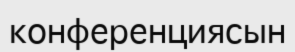
конференциясын